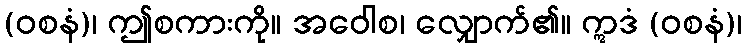
(ဝစနံ)၊ ဤစကားကို။ အဝေါစ၊ လျှောက်၏။ ဣဒံ (ဝစနံ)၊